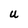
Character: U